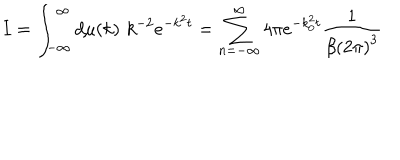
LaTeX: I = \int _ { - \infty } ^ { \infty } d \mu ( k ) \, \, k ^ { - 2 } e ^ { - k ^ { 2 } t } = \sum _ { n = - \infty } ^ { \infty } 4 \pi e ^ { - k _ { 0 } ^ { 2 } t } \frac { 1 } { \beta \left( 2 \pi \right) ^ { 3 } }